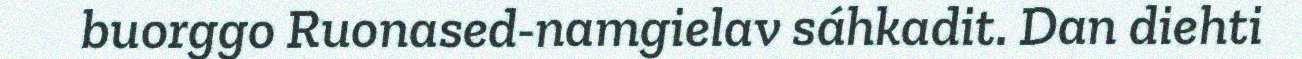
buorggo Ruonased-namgielav sáhkadit. Dan diehti